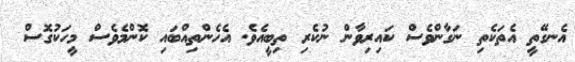
އެނގޭތީ އެތަކެތި ނަގާންވެސް ކައިރިވާން ނުކެރި ތިބީއެވެ. އެހެންތިއްބައި ކޮންމެވެސް މީހަކުގޮސް